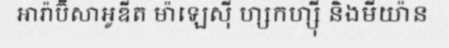
អារ៉ាប៊ីសាអូឌីត ម៉ាឡេស៊ី ហ្សកហ្ស៊ី និងមីយ៉ាន